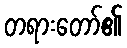
တရားတော်၏